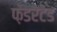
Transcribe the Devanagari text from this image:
फ़ेडरेटेड